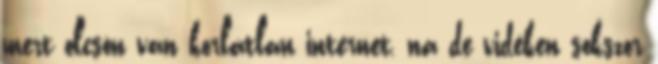
mert olcsón van korlátlan internet, na de vidéken sokszor